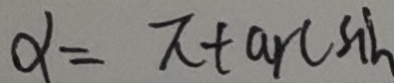
\alpha = \pi t \arcsin h